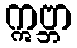
ဣဗ္ဘာ